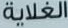
الغلاية